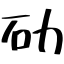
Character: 劯